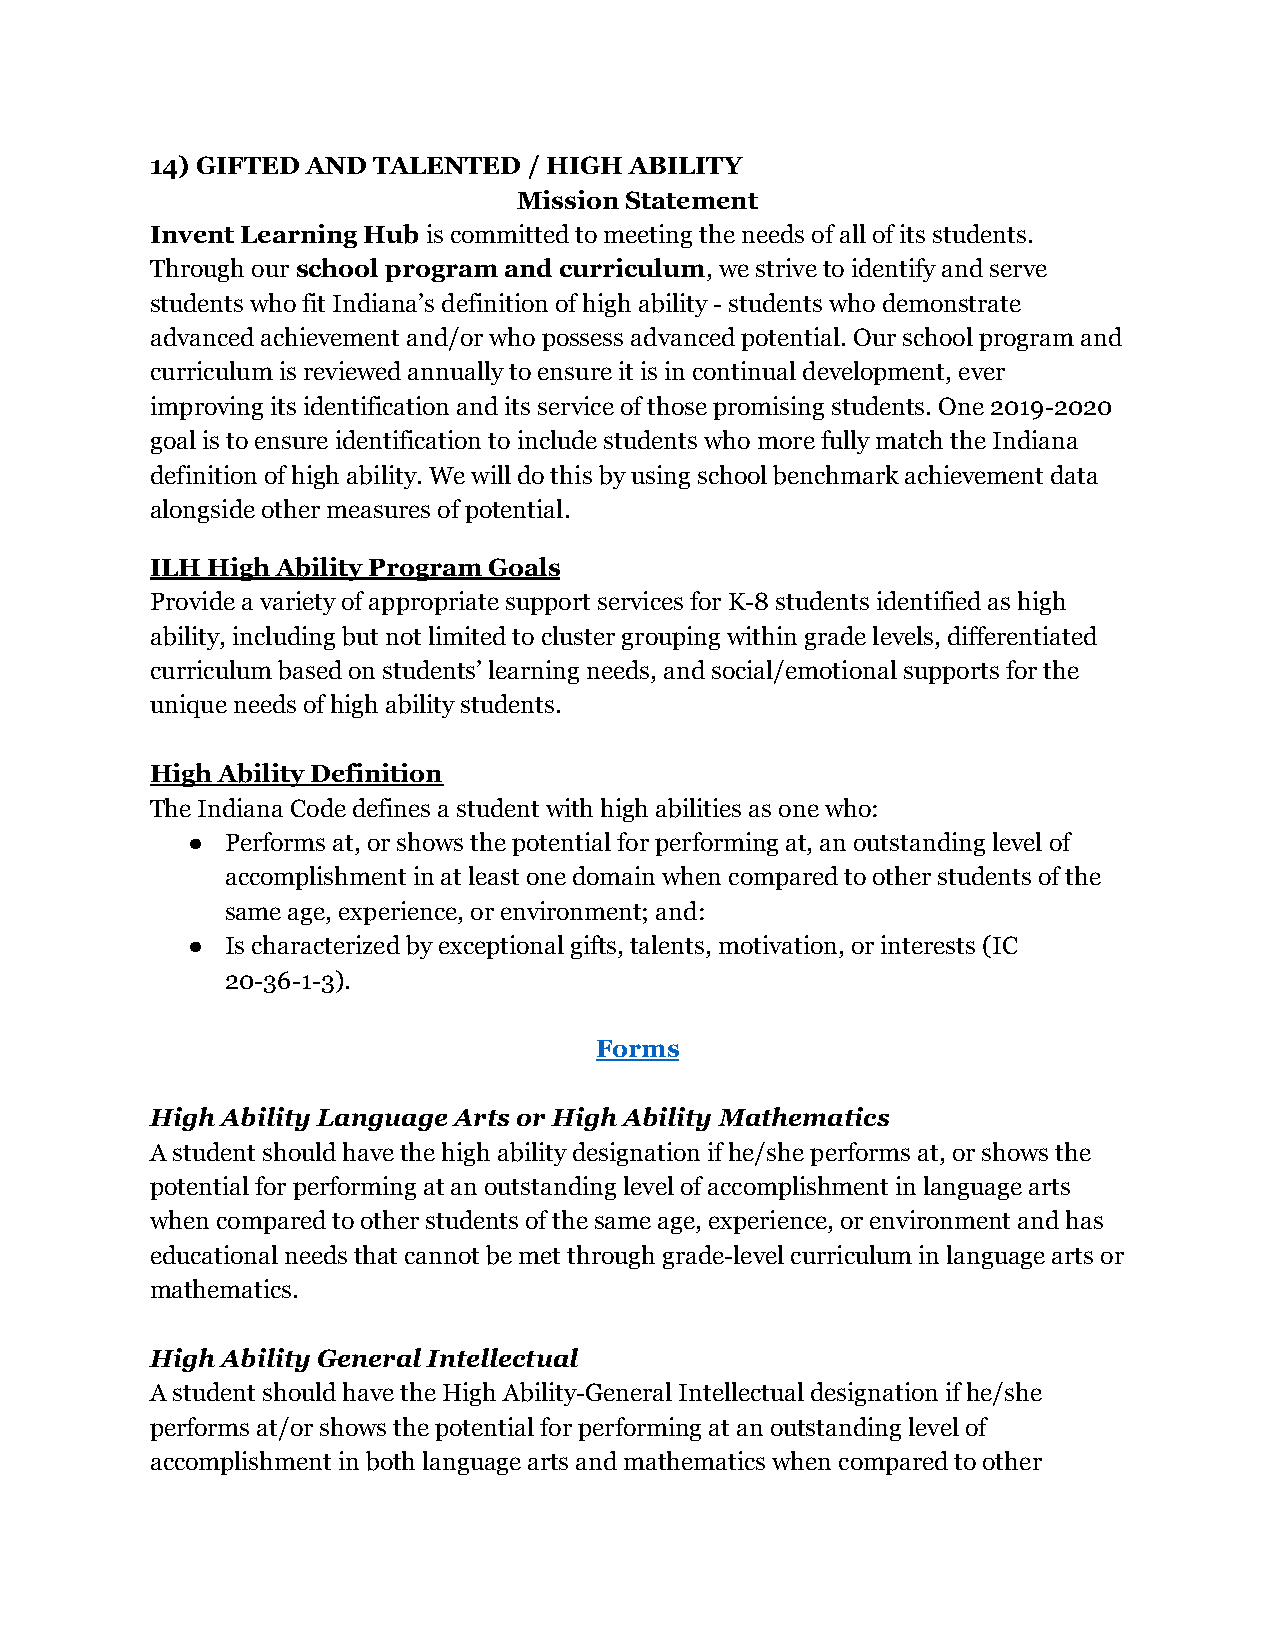
14) GIFTED AND TALENTED  / HIGH ABILITY
 Mission Statement
 Invent Learning Hub is committed to meeting the needsof all of its students.
 Through ourschool program and curriculum, we striveto identify and serve
 students who fit Indiana’s definition of high ability - students who demonstrate
 advanced achievement and/or who possess advanced potential. Our school program and
 curriculum is reviewed annually to ensure it is in continual development, ever
 improving its identification and its service of those promising students. One 2019-2020
 goal is to ensure identification to include students who more fully match the Indiana
 definition of high ability. We will do this by using school benchmark achievement data
 alongside other measures of potential.
 ILH High Ability Program Goals
 Provide a variety of appropriate support services for K-8 students identified as high
 ability, including but not limited to cluster grouping within grade levels, differentiated
 curriculum based on students’ learning needs, and social/emotional supports for the
 unique needs of high ability students.
 High Ability Definition
 The Indiana Code defines a student with high abilities as one who:
 ●  Performs at, or shows the potential for performing at, an outstanding level of
 accomplishment in at least one domain when compared to other students of the
 same age, experience, or environment; and:
 ●  Is characterized by exceptional gifts, talents, motivation, or interests (IC
 20-36-1-3).
 Forms
 High Ability Language Arts or High Ability Mathematics
 A student should have the high ability designation if he/she performs at, or shows the
 potential for performing at an outstanding level of accomplishment in language arts
 when compared to other students of the same age, experience, or environment and has
 educational needs that cannot be met through grade-level curriculum in language arts or
 mathematics.
 High Ability General Intellectual
 A student should have the High Ability-General Intellectual designation if he/she
 performs at/or shows the potential for performing at an outstanding level of
 accomplishment in both language arts and mathematics when compared to other